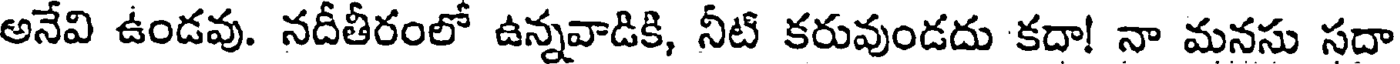
అనేవి ఉండవు. నదీతీరంలో ఉన్నవాడికి, నీటి కరువుండదు కదా! నా మనసు సదా